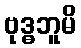
ဗုဒ္ဓဘူမိ